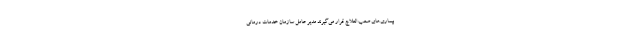
بیماری‌های صعب العلاج قرار می‌گیرند مدیر عامل سازمان خدمات درمانی